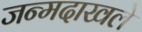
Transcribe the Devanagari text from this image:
जन्मदाखले